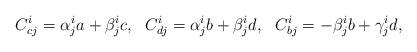
LaTeX: \begin{align*}C_{cj}^{i}=\alpha_{j}^{i}a+\beta_{j}^{i}c,~~C_{dj}^{i}=\alpha_{j}^{i}b+\beta_{j}^{i}d,~~C_{bj}^{i}=-\beta_{j}^{i}b+\gamma_{j}^{i}d,\end{align*}